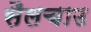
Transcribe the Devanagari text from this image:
सैलचाउ